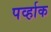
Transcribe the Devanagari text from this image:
पर्व्हाक